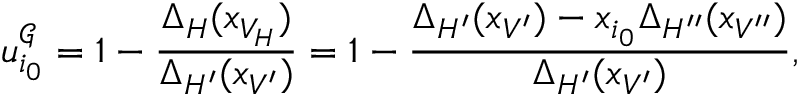
u _ { i _ { 0 } } ^ { \mathcal { G } } = 1 - \frac { \Delta _ { H } ( x _ { V _ { H } } ) } { \Delta _ { H ^ { \prime } } ( x _ { V ^ { \prime } } ) } = 1 - \frac { \Delta _ { H ^ { \prime } } ( x _ { V ^ { \prime } } ) - x _ { i _ { 0 } } \Delta _ { H ^ { \prime \prime } } ( x _ { V ^ { \prime \prime } } ) } { \Delta _ { H ^ { \prime } } ( x _ { V ^ { \prime } } ) } ,